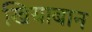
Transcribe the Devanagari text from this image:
खियाबान